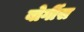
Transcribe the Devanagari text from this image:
बोर्गीस